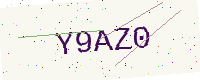
Text: Y9AZ0